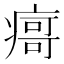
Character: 𰣻